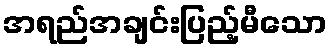
အရည်အချင်းပြည့်မီသော